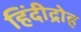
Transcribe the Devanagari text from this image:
हिंदीद्रोह